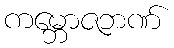
ကမ္ဘောဇဘဏ်